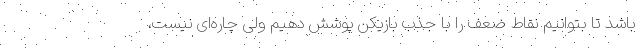
باشد تا بتوانیم نقاط ضعف را با جذب بازیکن پوشش دهیم ولی چاره‌ای نیست،